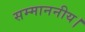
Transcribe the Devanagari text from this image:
सम्माननीय।